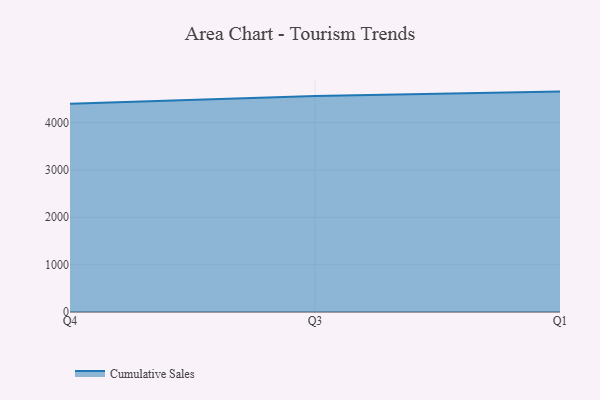
{"axis": {"x": "Quarter", "y": "Backlog"}, "legend": ["Cumulative Sales"], "data": [{"x": "Q4", "y": 4397.6, "type": "Cumulative Sales"}, {"x": "Q3", "y": 4559.7, "type": "Cumulative Sales"}, {"x": "Q1", "y": 4653.3, "type": "Cumulative Sales"}]}